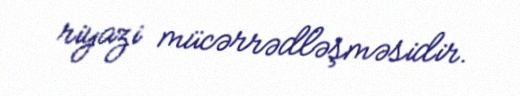
riyazi mücərrədləşməsidir.